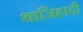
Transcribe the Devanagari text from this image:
थाजिहादी